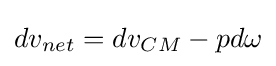
dv_{net}=dv_{CM}-pd\omega